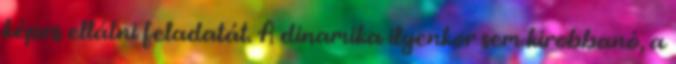
képes ellátni feladatát. A dinamika ilyenkor sem kirobbanó, a